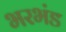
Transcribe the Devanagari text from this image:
भरभंड